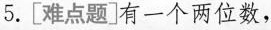
5. [难点题]有一个两位数，